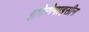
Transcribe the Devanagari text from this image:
क्लोरोमाइसीन